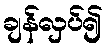
ချန်လှပ်၍